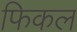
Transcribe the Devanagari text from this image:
फिकल